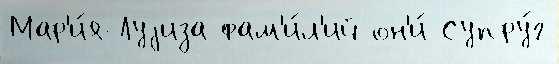
Мар'и́я-Луjиза фам'и́л'ий он'и́ Супру́г